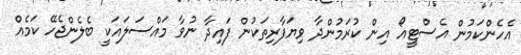
އެެހެންކަމުން އެސްޓީއޯ އިން ކުރަމުންދާ ވިޔަފާރިތަކުން ފައިދާ ނުވާ މައްސަލައަކީ ބެލެންޖެހޭ ކަމެއް